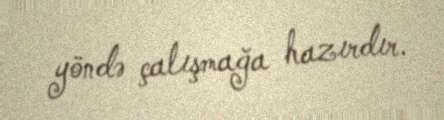
yöndə çalışmağa hazırdır.